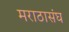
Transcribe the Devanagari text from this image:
मराठासंघ